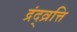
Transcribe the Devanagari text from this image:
द्रंद्व्रत्ति